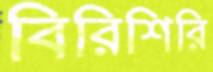
বিরিশিরি